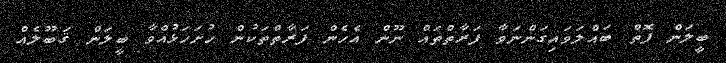
ބީލަން ފޮތް ބައްލަވައިގަންނަވާ ފަރާތްތައް ނޫން އެހެން ފަރާތްތަކުން ހުށަހަޅުއްވާ ބީލަން ޤަބޫލެއް